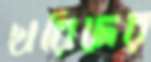
খরিদের